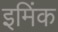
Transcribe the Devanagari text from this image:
इमिंक